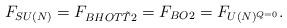
LaTeX: \begin{align*}F_{SU(N)}= F_{BHOT \tilde{T}2}=F_{BO2}=F_{U(N)^{Q = 0}}.\end{align*}